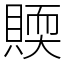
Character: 䞂